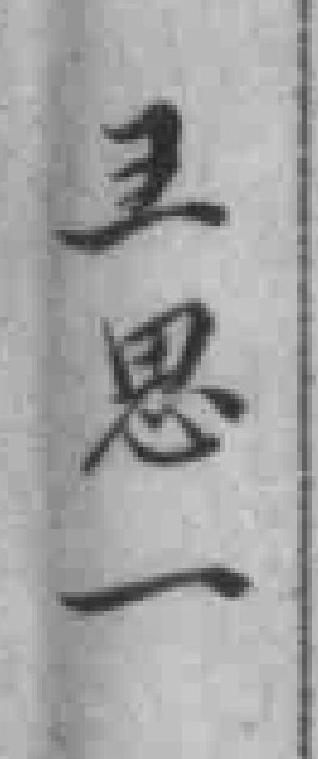
王思一